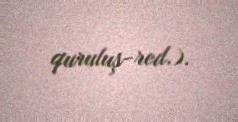
quruluş-red.).